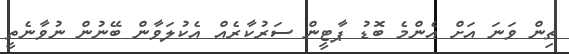
ތިން ވަނަ އަށް އެންމެ ބޮޑު ޕާޓީން ސަރުކާރެއް އެކުލަވާން ބޭނުން ނުވާނެތީ